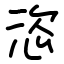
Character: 恣